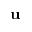
\mathbf { u }